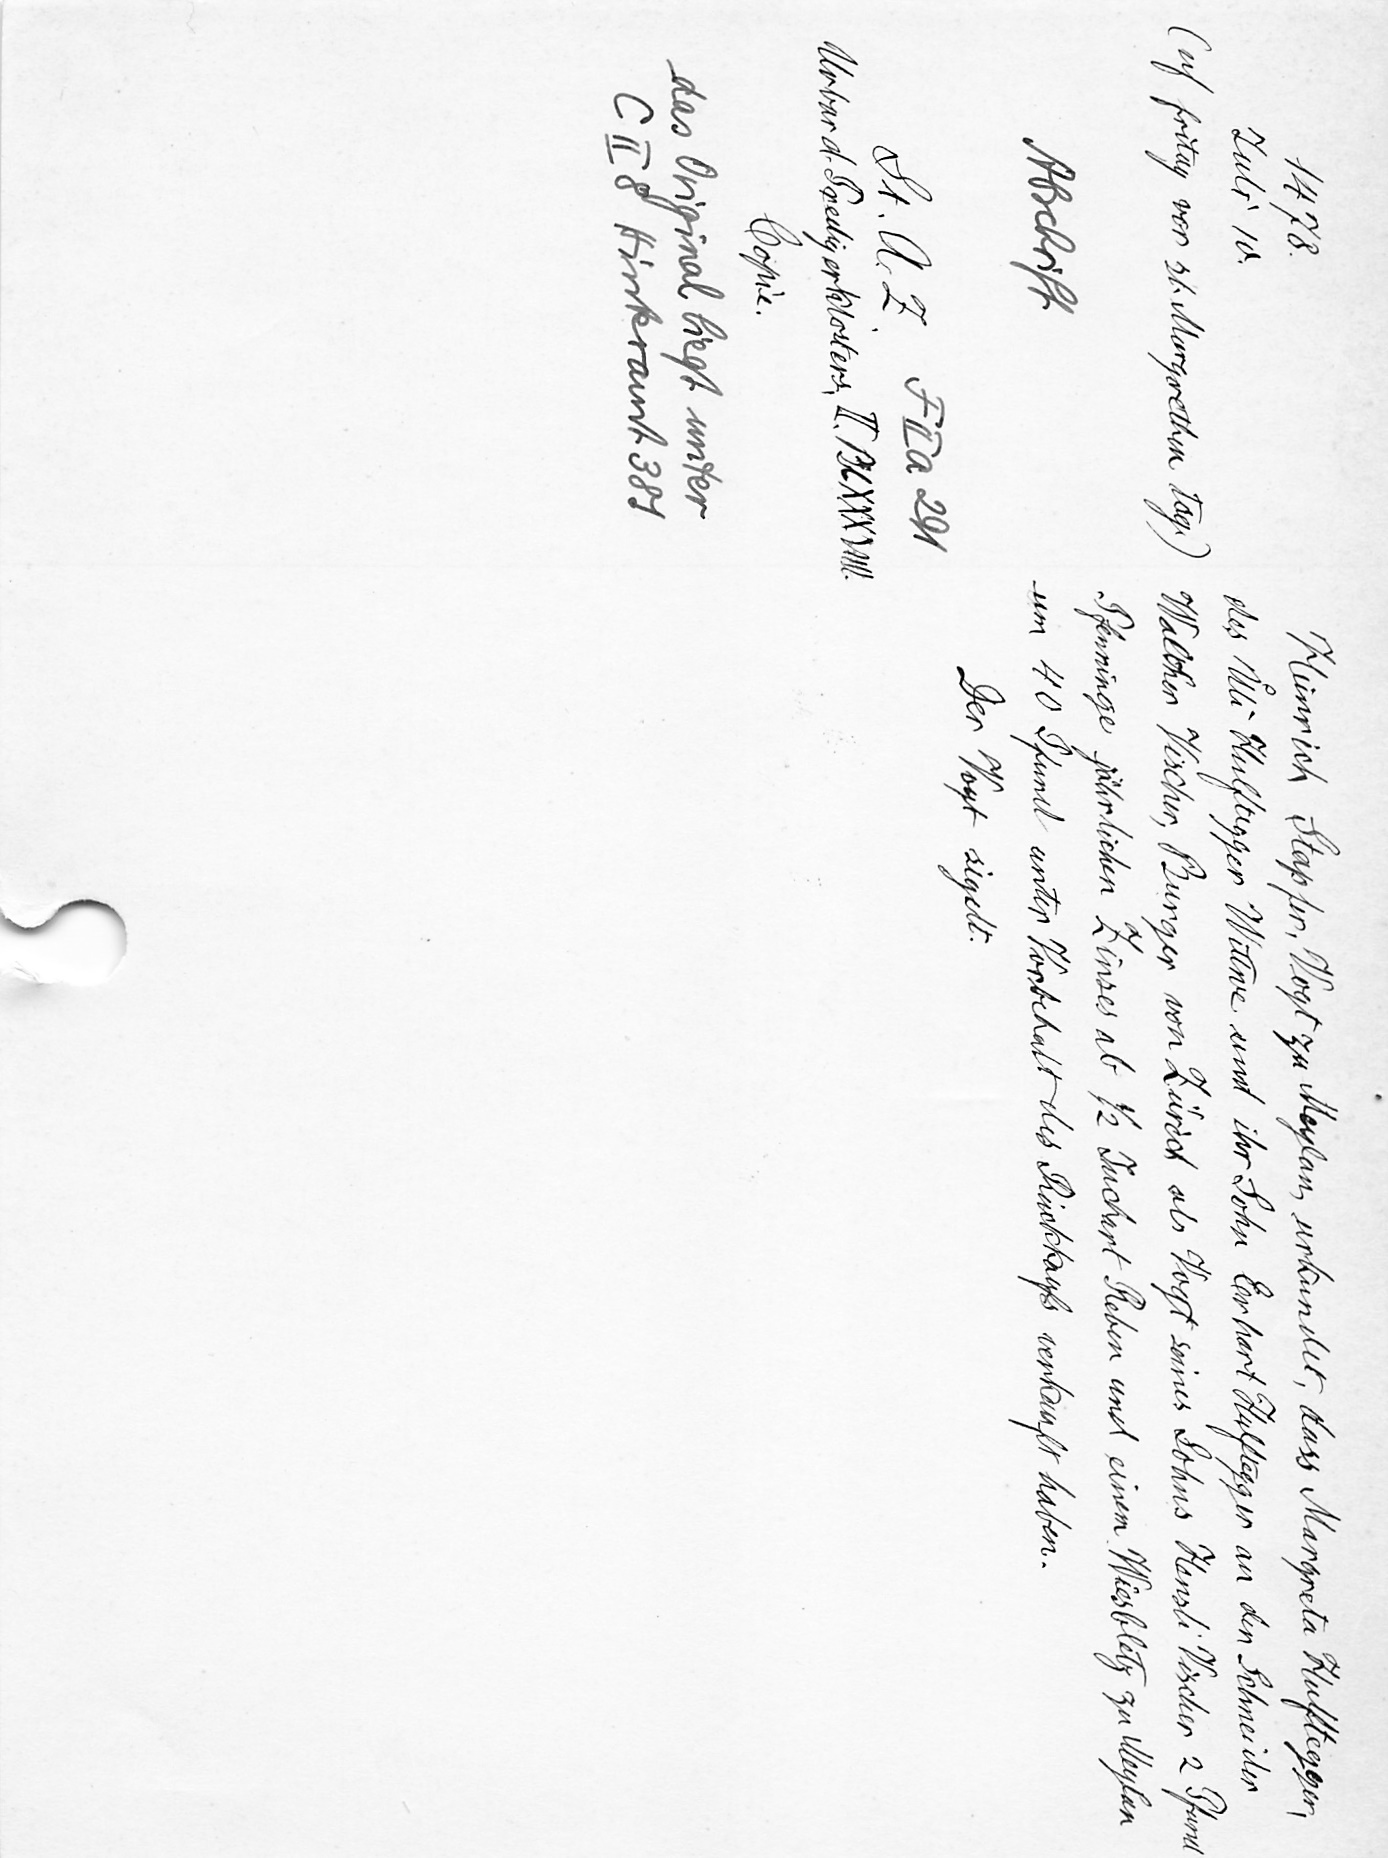
Heinrich Stapfer, Vogt zu Meylan, urkundet, dass Margreta Hulftegger,
des Uͦli Hulftegger Wittwe und ihr Sohn Erhart Hulftegger an der Schneider
Walther Vischer, Burger von Zürich als Vogt seines Sohns Hensli Vischer 2 Pfund
Pfenninge jährlichen Zinses ab 1/2 Juchart Reben und einem Wiesbletz zu Meylan
um 40 Pfund unter Vorbehalt des Rückkaufs verkauft haben.
Der Vogt sigelt.

1478.
Juli 10.
(uf fritag vor st. Margrethen tag.)
Abschrift
F II a 291
St. A. Z.
Urbar d. Predigerklosters, II Bl. XXXVIII.
Copie.
das Original liegt unter
C II 8 Hinteramt 381